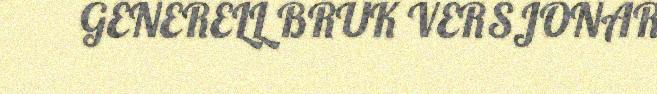
GENERELL BRUK VERSJONAR